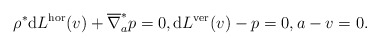
\begin{align*} \rho ^\ast \mathrm{d} L ^\textup{hor} (v) + \overline{ \nabla } _a ^\ast p = 0 , \mathrm{d} L ^\textup{ver} (v) - p = 0 , a - v = 0 . \end{align*}